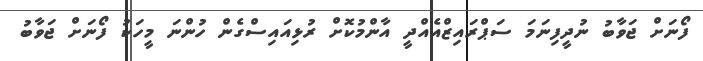
ފޯނަށް ޖަވާބު ނުދީފިނަމަ ސަޕްރައިޒްއެއްދީ އާންމުކޮށް ރުޅިއައިސްގެން ހުންނަ މީހަކު ފޯނަށް ޖަވާބު